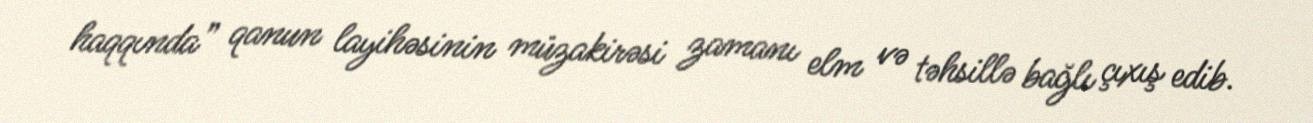
haqqında” qanun layihəsinin müzakirəsi zamanı elm və təhsillə bağlı çıxış edib.